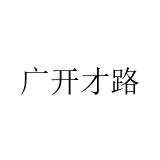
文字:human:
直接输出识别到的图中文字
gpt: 广开才路